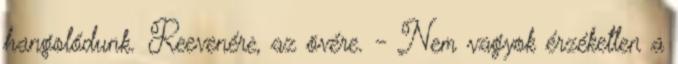
hangolódunk. Reevenére, az övére. - Nem vagyok érzéketlen a